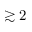
\gtrsim 2